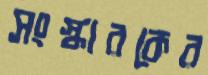
সংস্কারকের